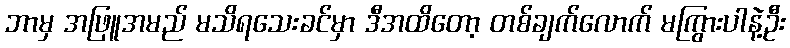
ဘာမှ အဖြူအမည် မသိရသေးခင်မှာ ဒီအထိတော့ တစ်ချက်လောက် မကြွားပါနဲ့ဦး